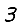
Digit: 3